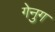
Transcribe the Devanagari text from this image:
गेनुग